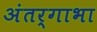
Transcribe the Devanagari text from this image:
अंतर्गाभा